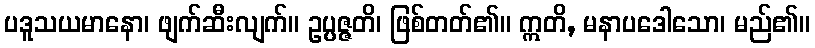
ပဒူသယမာနော၊ ဖျက်ဆီးလျက်။ ဥပ္ပဇ္ဇတိ၊ ဖြစ်တတ်၏။ ဣတိ, မနာပဒေါသော၊ မည်၏။